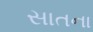
સાતના